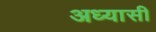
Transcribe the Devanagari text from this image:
अध्यासी